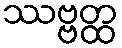
ဿဗ္ဗတ္ထ